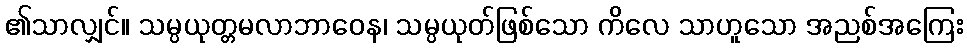
၏သာလျှင်။ သမ္ပယုတ္တမလာဘာဝေန၊ သမ္ပယုတ်ဖြစ်သော ကိလေ သာဟူသော အညစ်အကြေး